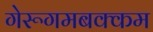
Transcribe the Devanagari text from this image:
गेरूगमबक्कम